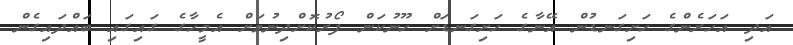
އަދި އަހަރެންގެ ހަށިގަނޑުން އޭނާގެ ހަށިގަނޑަށް ހޫނުކަން ފޯރުކޮށްދިނުމަށް އެމީހާގެ ގައިގައި ބައްދައިގެން